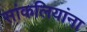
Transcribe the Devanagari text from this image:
सांकलियांना